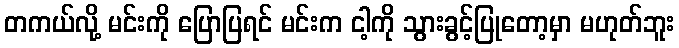
တကယ်လို့ မင်းကို ပြောပြရင် မင်းက ငါ့ကို သွားခွင့်ပြုတော့မှာ မဟုတ်ဘူး